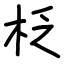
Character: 柉